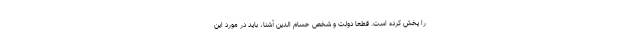
را پخش کرده است. قطعا دولت و شخص حسام الدین آشنا، باید در مورد این